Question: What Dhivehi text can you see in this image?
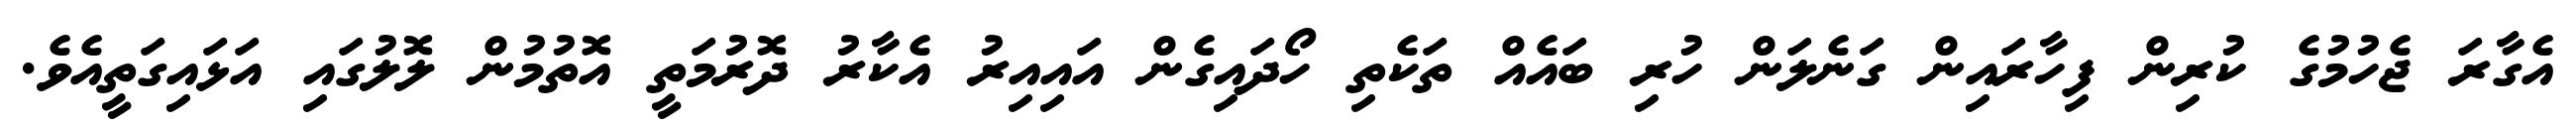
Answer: އެގާރަ ޖެހުމުގެ ކުރިން ފިހާރައިން ގަނެލަން ހުރި ބައެއް ތަކެތި ހޯދައިގެން އައިއިރު އެކާރު ދޮރުމަތީ އޮތުމުން ލޮލުގައި އަޅައިގަތީއެވެ.